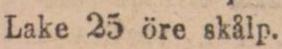
Lake 25 öre skålp.